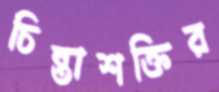
চিন্তাশক্তির